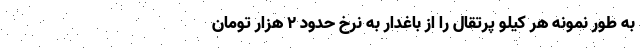
به طور نمونه هر کیلو پرتقال را از باغدار به نرخ حدود 2 هزار تومان